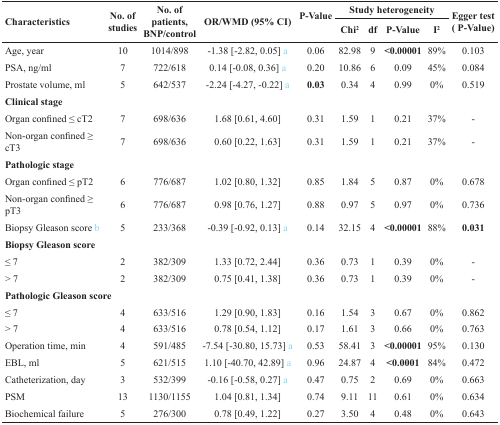
<table><thead><tr><td rowspan="2"><b>Characteristics</b></td><td rowspan="2"><b>No. of studies</b></td><td rowspan="2"><b>No. of patients, BNP/control</b></td><td rowspan="2"><b>OR/WMD (95% CI)</b></td><td rowspan="2"><b>P-Value</b></td><td colspan="4"><b>Study heterogeneity</b></td><td rowspan="2"><b>Egger test (P-Value)</b></td></tr><tr><td><b>Chi<sup>2</sup></b></td><td><b>df</b></td><td><b>P-Value</b></td><td><b>I<sup>2</sup></b></td></tr></thead><tbody><tr><td>Age, year</td><td>10</td><td>1014/898</td><td>−1.38 [−2.82, 0.05] a</td><td>0.06</td><td>82.98</td><td>9</td><td><b>&lt;0.00001</b></td><td>89%</td><td>0.103</td></tr><tr><td>PSA, ng/ml</td><td>7</td><td>722/618</td><td>0.14 [−0.08, 0.36] a</td><td>0.20</td><td>10.86</td><td>6</td><td>0.09</td><td>45%</td><td>0.084</td></tr><tr><td>Prostate volume, ml</td><td>5</td><td>642/537</td><td>−2.24 [−4.27, −0.22] a</td><td><b>0.03</b></td><td>0.34</td><td>4</td><td>0.99</td><td>0%</td><td>0.519</td></tr><tr><td><b>Clinical stage</b></td><td></td><td></td><td></td><td></td><td></td><td></td><td></td><td></td><td></td></tr><tr><td>Organ confined ≤ cT2</td><td>7</td><td>698/636</td><td>1.68 [0.61, 4.60]</td><td>0.31</td><td>1.59</td><td>1</td><td>0.21</td><td>37%</td><td>-</td></tr><tr><td>Non-organ confined ≥ cT3</td><td>7</td><td>698/636</td><td>0.60 [0.22, 1.63]</td><td>0.31</td><td>1.59</td><td>1</td><td>0.21</td><td>37%</td><td>-</td></tr><tr><td><b>Pathologic stage</b></td><td></td><td></td><td></td><td></td><td></td><td></td><td></td><td></td><td></td></tr><tr><td>Organ confined ≤ pT2</td><td>6</td><td>776/687</td><td>1.02 [0.80, 1.32]</td><td>0.85</td><td>1.84</td><td>5</td><td>0.87</td><td>0%</td><td>0.678</td></tr><tr><td>Non-organ confined ≥ pT3</td><td>6</td><td>776/687</td><td>0.98 [0.76, 1.27]</td><td>0.88</td><td>0.97</td><td>5</td><td>0.97</td><td>0%</td><td>0.736</td></tr><tr><td>Biopsy Gleason score b</td><td>5</td><td>233/368</td><td>−0.39 [−0.92, 0.13] a</td><td>0.14</td><td>32.15</td><td>4</td><td><b>&lt;0.00001</b></td><td>88%</td><td><b>0.031</b></td></tr><tr><td><b>Biopsy Gleason score</b></td><td></td><td></td><td></td><td></td><td></td><td></td><td></td><td></td><td></td></tr><tr><td>≤ 7</td><td>2</td><td>382/309</td><td>1.33 [0.72, 2.44]</td><td>0.36</td><td>0.73</td><td>1</td><td>0.39</td><td>0%</td><td>-</td></tr><tr><td>&gt; 7</td><td>2</td><td>382/309</td><td>0.75 [0.41, 1.38]</td><td>0.36</td><td>0.73</td><td>1</td><td>0.39</td><td>0%</td><td>-</td></tr><tr><td><b>Pathologic Gleason score</b></td><td></td><td></td><td></td><td></td><td></td><td></td><td></td><td></td><td></td></tr><tr><td>≤ 7</td><td>4</td><td>633/516</td><td>1.29 [0.90, 1.83]</td><td>0.16</td><td>1.54</td><td>3</td><td>0.67</td><td>0%</td><td>0.862</td></tr><tr><td>&gt; 7</td><td>4</td><td>633/516</td><td>0.78 [0.54, 1.12]</td><td>0.17</td><td>1.61</td><td>3</td><td>0.66</td><td>0%</td><td>0.763</td></tr><tr><td>Operation time, min</td><td>4</td><td>591/485</td><td>−7.54 [−30.80, 15.73] a</td><td>0.53</td><td>58.41</td><td>3</td><td><b>&lt;0.00001</b></td><td>95%</td><td>0.130</td></tr><tr><td>EBL, ml</td><td>5</td><td>621/515</td><td>1.10 [−40.70, 42.89] a</td><td>0.96</td><td>24.87</td><td>4</td><td><b>&lt;0.0001</b></td><td>84%</td><td>0.472</td></tr><tr><td>Catheterization, day</td><td>3</td><td>532/399</td><td>−0.16 [−0.58, 0.27] a</td><td>0.47</td><td>0.75</td><td>2</td><td>0.69</td><td>0%</td><td>0.663</td></tr><tr><td>PSM</td><td>13</td><td>1130/1155</td><td>1.04 [0.81, 1.34]</td><td>0.74</td><td>9.11</td><td>11</td><td>0.61</td><td>0%</td><td>0.634</td></tr><tr><td>Biochemical failure</td><td>5</td><td>276/300</td><td>0.78 [0.49, 1.22]</td><td>0.27</td><td>3.50</td><td>4</td><td>0.48</td><td>0%</td><td>0.643</td></tr></tbody></table>